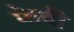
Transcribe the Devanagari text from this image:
फेदी